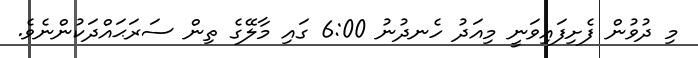
މި ދުވުން ފެށިފައިވަނީ މިއަދު ހެނދުނު 6:00 ގައި މާލޭގެ ތިން ސަރަޙައްދަކުންނެވެ.